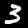
Label: 3